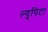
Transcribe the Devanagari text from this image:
ल्युपिटा